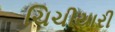
ચિચીયારી